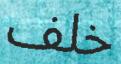
خلف